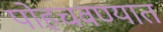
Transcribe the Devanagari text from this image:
पोहचवण्यात